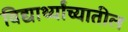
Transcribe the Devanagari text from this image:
विद्यार्थ्यांच्यातील